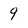
Character: 9